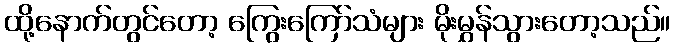
ထို့နောက်တွင်တော့ ကြွေးကြော်သံများ မိုးမွှန်သွားတော့သည်။